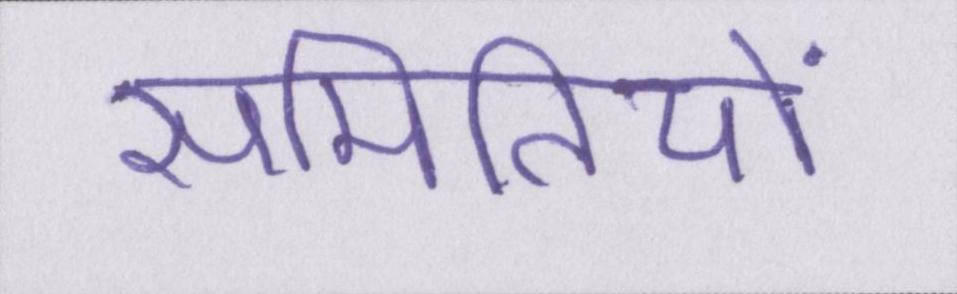
समितियों